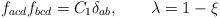
LaTeX: \begin{align*}f_{acd}f_{bcd} = C_1 \delta_{ab}, \qquad \lambda = 1-\xi\end{align*}